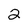
Character: 2